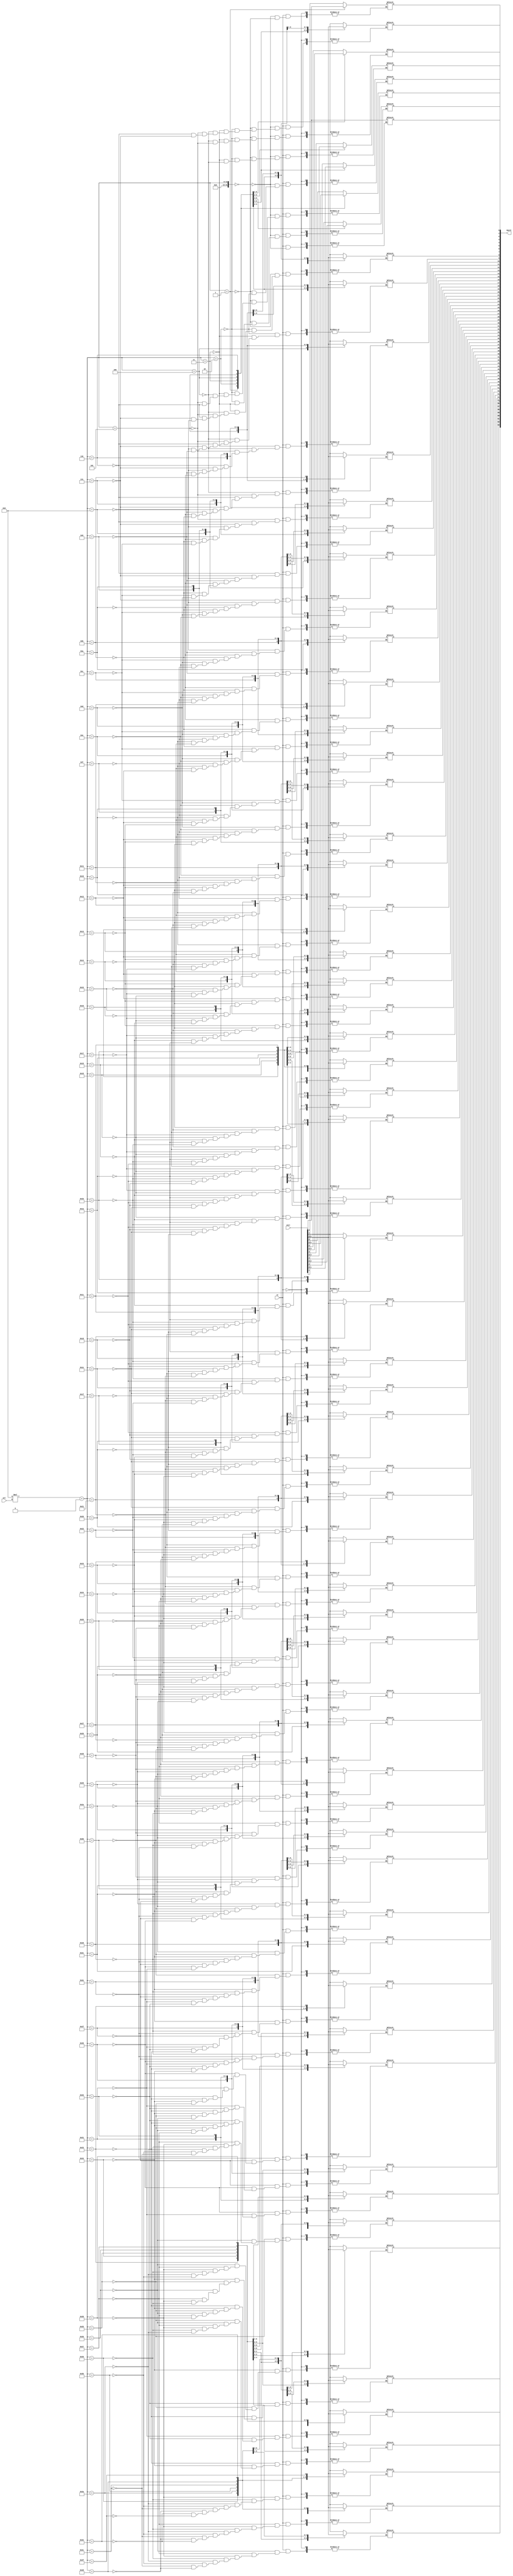
`default_nettype none
module latch_002
  (dword, sel, st, vect);
   output reg [63:0] dword;
   input wire [7:0]  vect;
   input wire [7:0]  sel;
   input wire        st;
   
   always @(*) begin
      if (st)
	dword[8*sel +:8] <= vect[7:0];
   end
endmodule // latch_002